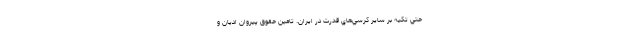
حتي تكيه بر ساير كرسي‌هاي قدرت در ايران. تامين حقوق پيروان اديان و